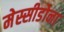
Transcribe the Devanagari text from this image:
मेस्सीडोना